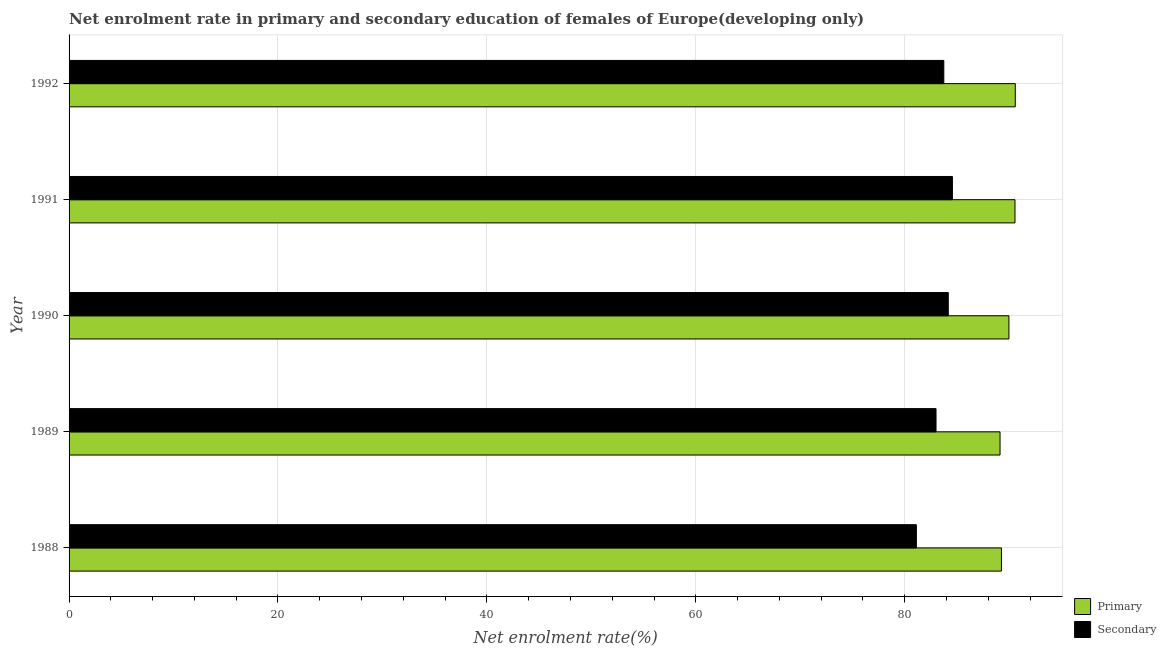
| Year | Primary | Secondary |
 | --- | --- | --- |
 | 1988 | 89.3 | 81.1 |
 | 1989 | 89.1 | 83 |
 | 1990 | 90 | 84.2 |
 | 1991 | 90.6 | 84.6 |
 | 1992 | 90.6 | 83.7 |